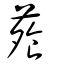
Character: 蕵